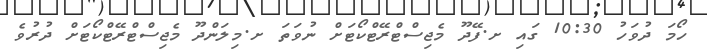
ހޯމަ ދުވަހު 10:30 ގައި ށ.ފޭދޫ މެޖިސްޓްރޭޓްކޯޓަށް ނުވަތަ ށ.މިލަންދޫ މެޖިސްޓްރޭޓްކޯޓަށް ދުރުވެ